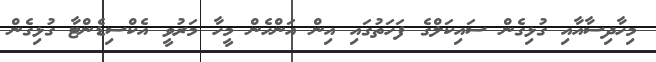
މިހާދިސާއާއި ގުޅިގެން ސައިކަލްގެ ފަހަތުގައި އިން އަންހެން މީހާ މަރުވީ އެކްސިޑެންޓާ ގުޅިގެން